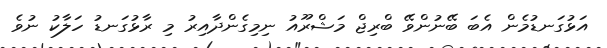
އަޅުގަނޑުމެން އެބަ ބޭނުންވޭ ބްރިޖް މަޝްރޫއު ނިމިގެންދާއިރު މި ރާޅުގަނޑު ހަލާކު ނުވެ